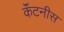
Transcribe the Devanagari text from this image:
कॅंटनीस